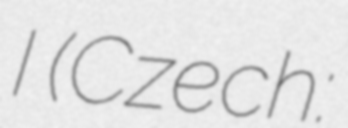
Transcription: I (Czech: